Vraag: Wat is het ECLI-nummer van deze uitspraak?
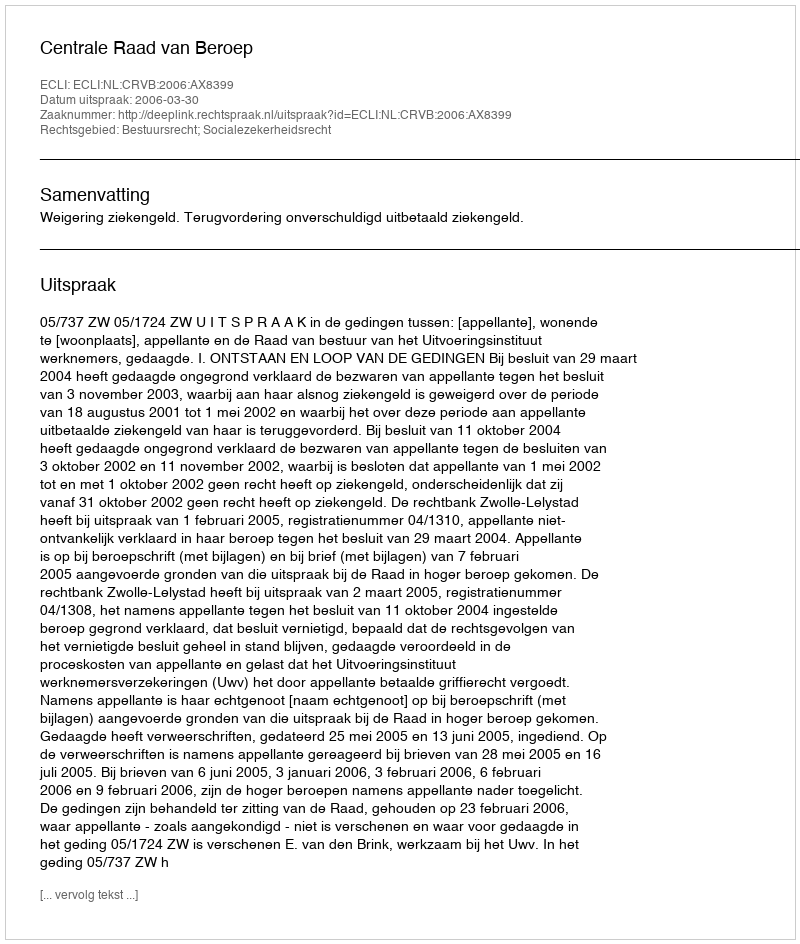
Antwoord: ECLI:NL:CRVB:2006:AX8399